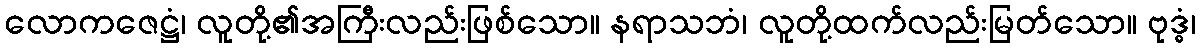
လောကဇေဋ္ဌံ၊ လူတို့၏အကြီးလည်းဖြစ်သော။ နရာသဘံ၊ လူတို့ထက်လည်းမြတ်သော။ ဗုဒ္ဓံ၊